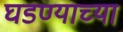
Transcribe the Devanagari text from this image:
घडण्याच्या